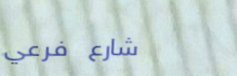
شارع فرعي